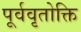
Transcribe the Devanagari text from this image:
पूर्ववृतोक्ति